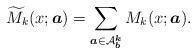
LaTeX: \begin{align*}\widetilde{M}_k(x; \boldsymbol{a})=\sum_{\boldsymbol{a}\in \mathcal{A}^{\boldsymbol{k}}_{\boldsymbol{b}}} M_k(x; \boldsymbol{a}).\end{align*}